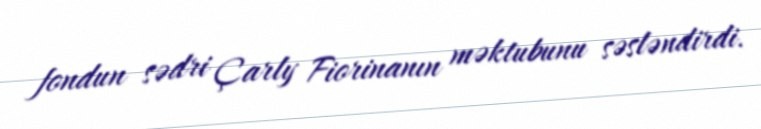
fondun sədri Çarly Fiorinanın məktubunu səsləndirdi.